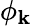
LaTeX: \phi_{\mathbf{k}}